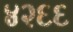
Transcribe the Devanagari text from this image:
४२६६